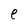
Character: e